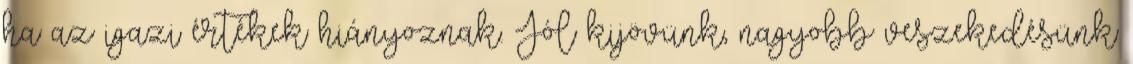
ha az igazi értékek hiányoznak. Jól kijövünk, nagyobb veszekedésünk